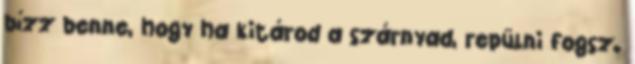
bízz benne, hogy ha kitárod a szárnyad, repülni fogsz.